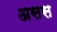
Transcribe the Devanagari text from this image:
असस